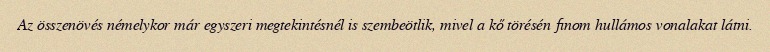
Az összenövés némelykor már egyszeri megtekintésnél is szembeötlik, mivel a kő törésén finom hullámos vonalakat látni.